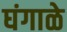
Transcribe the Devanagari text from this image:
घंगाळे